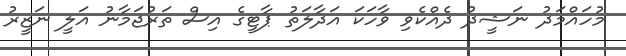
މުހައްމަދު ނަޝީދު ދެއްކެވި ވާހަކަ އަދާލަތު ޕާޓީގެ އިސް ތަރުޖަމާނު އަލީ ނަޒީރު